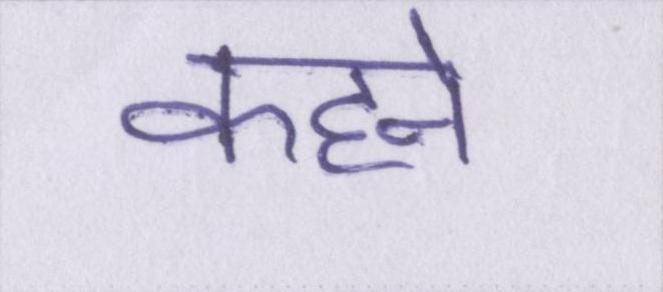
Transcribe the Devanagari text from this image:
कहने